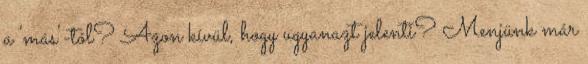
a 'más'-tól? Azon kívül, hogy ugyanazt jelenti? Menjünk már